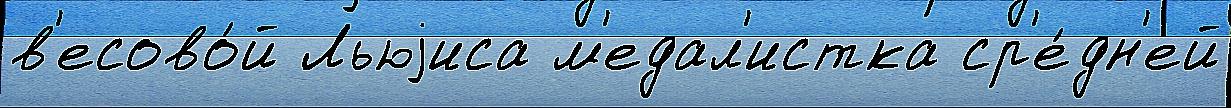
в'есово́й Льюjиса м'едал'истка ср'е́дн'ей